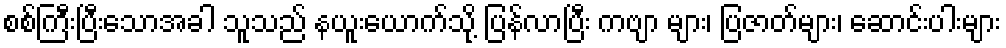
စစ်ကြီးပြီးသောအခါ သူသည် နယူးယောက်သို့ ပြန်လာပြီး ကဗျာ များ၊ ပြဇာတ်များ၊ ဆောင်းပါးများ